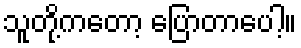
သူတို့ကတော့ ပြောတာပေါ့။